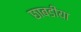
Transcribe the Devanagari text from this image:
छाबडीया